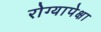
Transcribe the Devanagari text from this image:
रोग्यापेक्षा